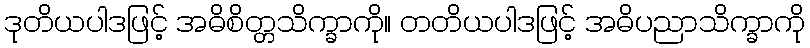
ဒုတိယပါဒဖြင့် အဓိစိတ္တသိက္ခာကို။ တတိယပါဒဖြင့် အဓိပညာသိက္ခာကို